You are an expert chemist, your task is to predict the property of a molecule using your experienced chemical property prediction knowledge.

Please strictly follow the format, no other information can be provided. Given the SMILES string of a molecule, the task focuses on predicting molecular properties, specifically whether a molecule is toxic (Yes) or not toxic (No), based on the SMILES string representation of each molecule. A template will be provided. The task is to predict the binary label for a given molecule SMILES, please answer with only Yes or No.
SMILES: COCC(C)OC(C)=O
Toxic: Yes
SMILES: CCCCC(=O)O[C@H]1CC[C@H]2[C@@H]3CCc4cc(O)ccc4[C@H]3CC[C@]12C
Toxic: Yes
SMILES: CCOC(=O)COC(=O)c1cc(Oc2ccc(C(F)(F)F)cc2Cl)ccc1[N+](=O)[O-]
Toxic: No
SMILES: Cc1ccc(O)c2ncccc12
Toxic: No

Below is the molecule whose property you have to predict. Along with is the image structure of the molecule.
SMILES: CCOC(=O)C(C)O
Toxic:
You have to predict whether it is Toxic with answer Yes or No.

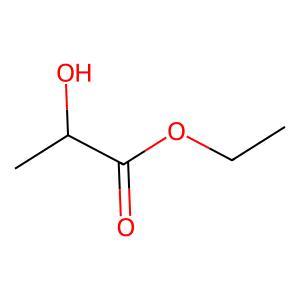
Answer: No